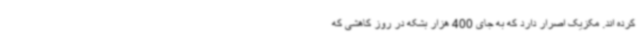
کرده اند. مکزیک اصرار دارد که به جای 400 هزار بشکه در روز کاهشی که